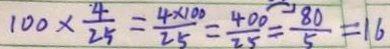
1 0 0 \times \frac { 4 } { 2 5 } = \frac { 4 \times 1 0 0 } { 2 5 } = \frac { 4 0 0 } { 2 5 } = \frac { 8 0 } { 5 } = 1 6